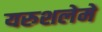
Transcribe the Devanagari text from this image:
यरुशलेमे